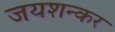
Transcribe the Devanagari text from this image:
जयशन्कर